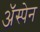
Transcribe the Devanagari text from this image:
अॅस्पेन